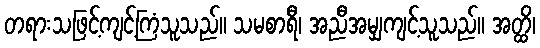
တရားသဖြင့်ကျင့်ကြံသူသည်။ သမစာရီ၊ အညီအမျှကျင့်သူသည်။ အတ္ထိ၊